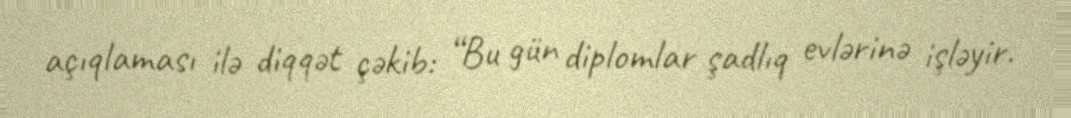
açıqlaması ilə diqqət çəkib: “Bu gün diplomlar şadlıq evlərinə işləyir.